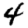
Digit: 4